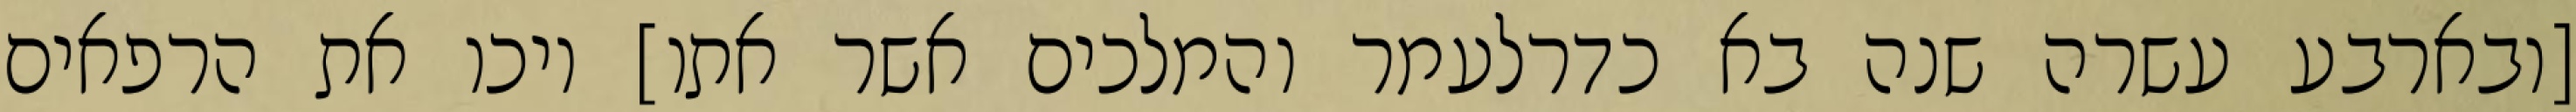
[ובארבע עשרה שנה בא כדרלעמר והמלכים אשר אתו] ויכו את הרפאים